Riigikantselei, lk 92
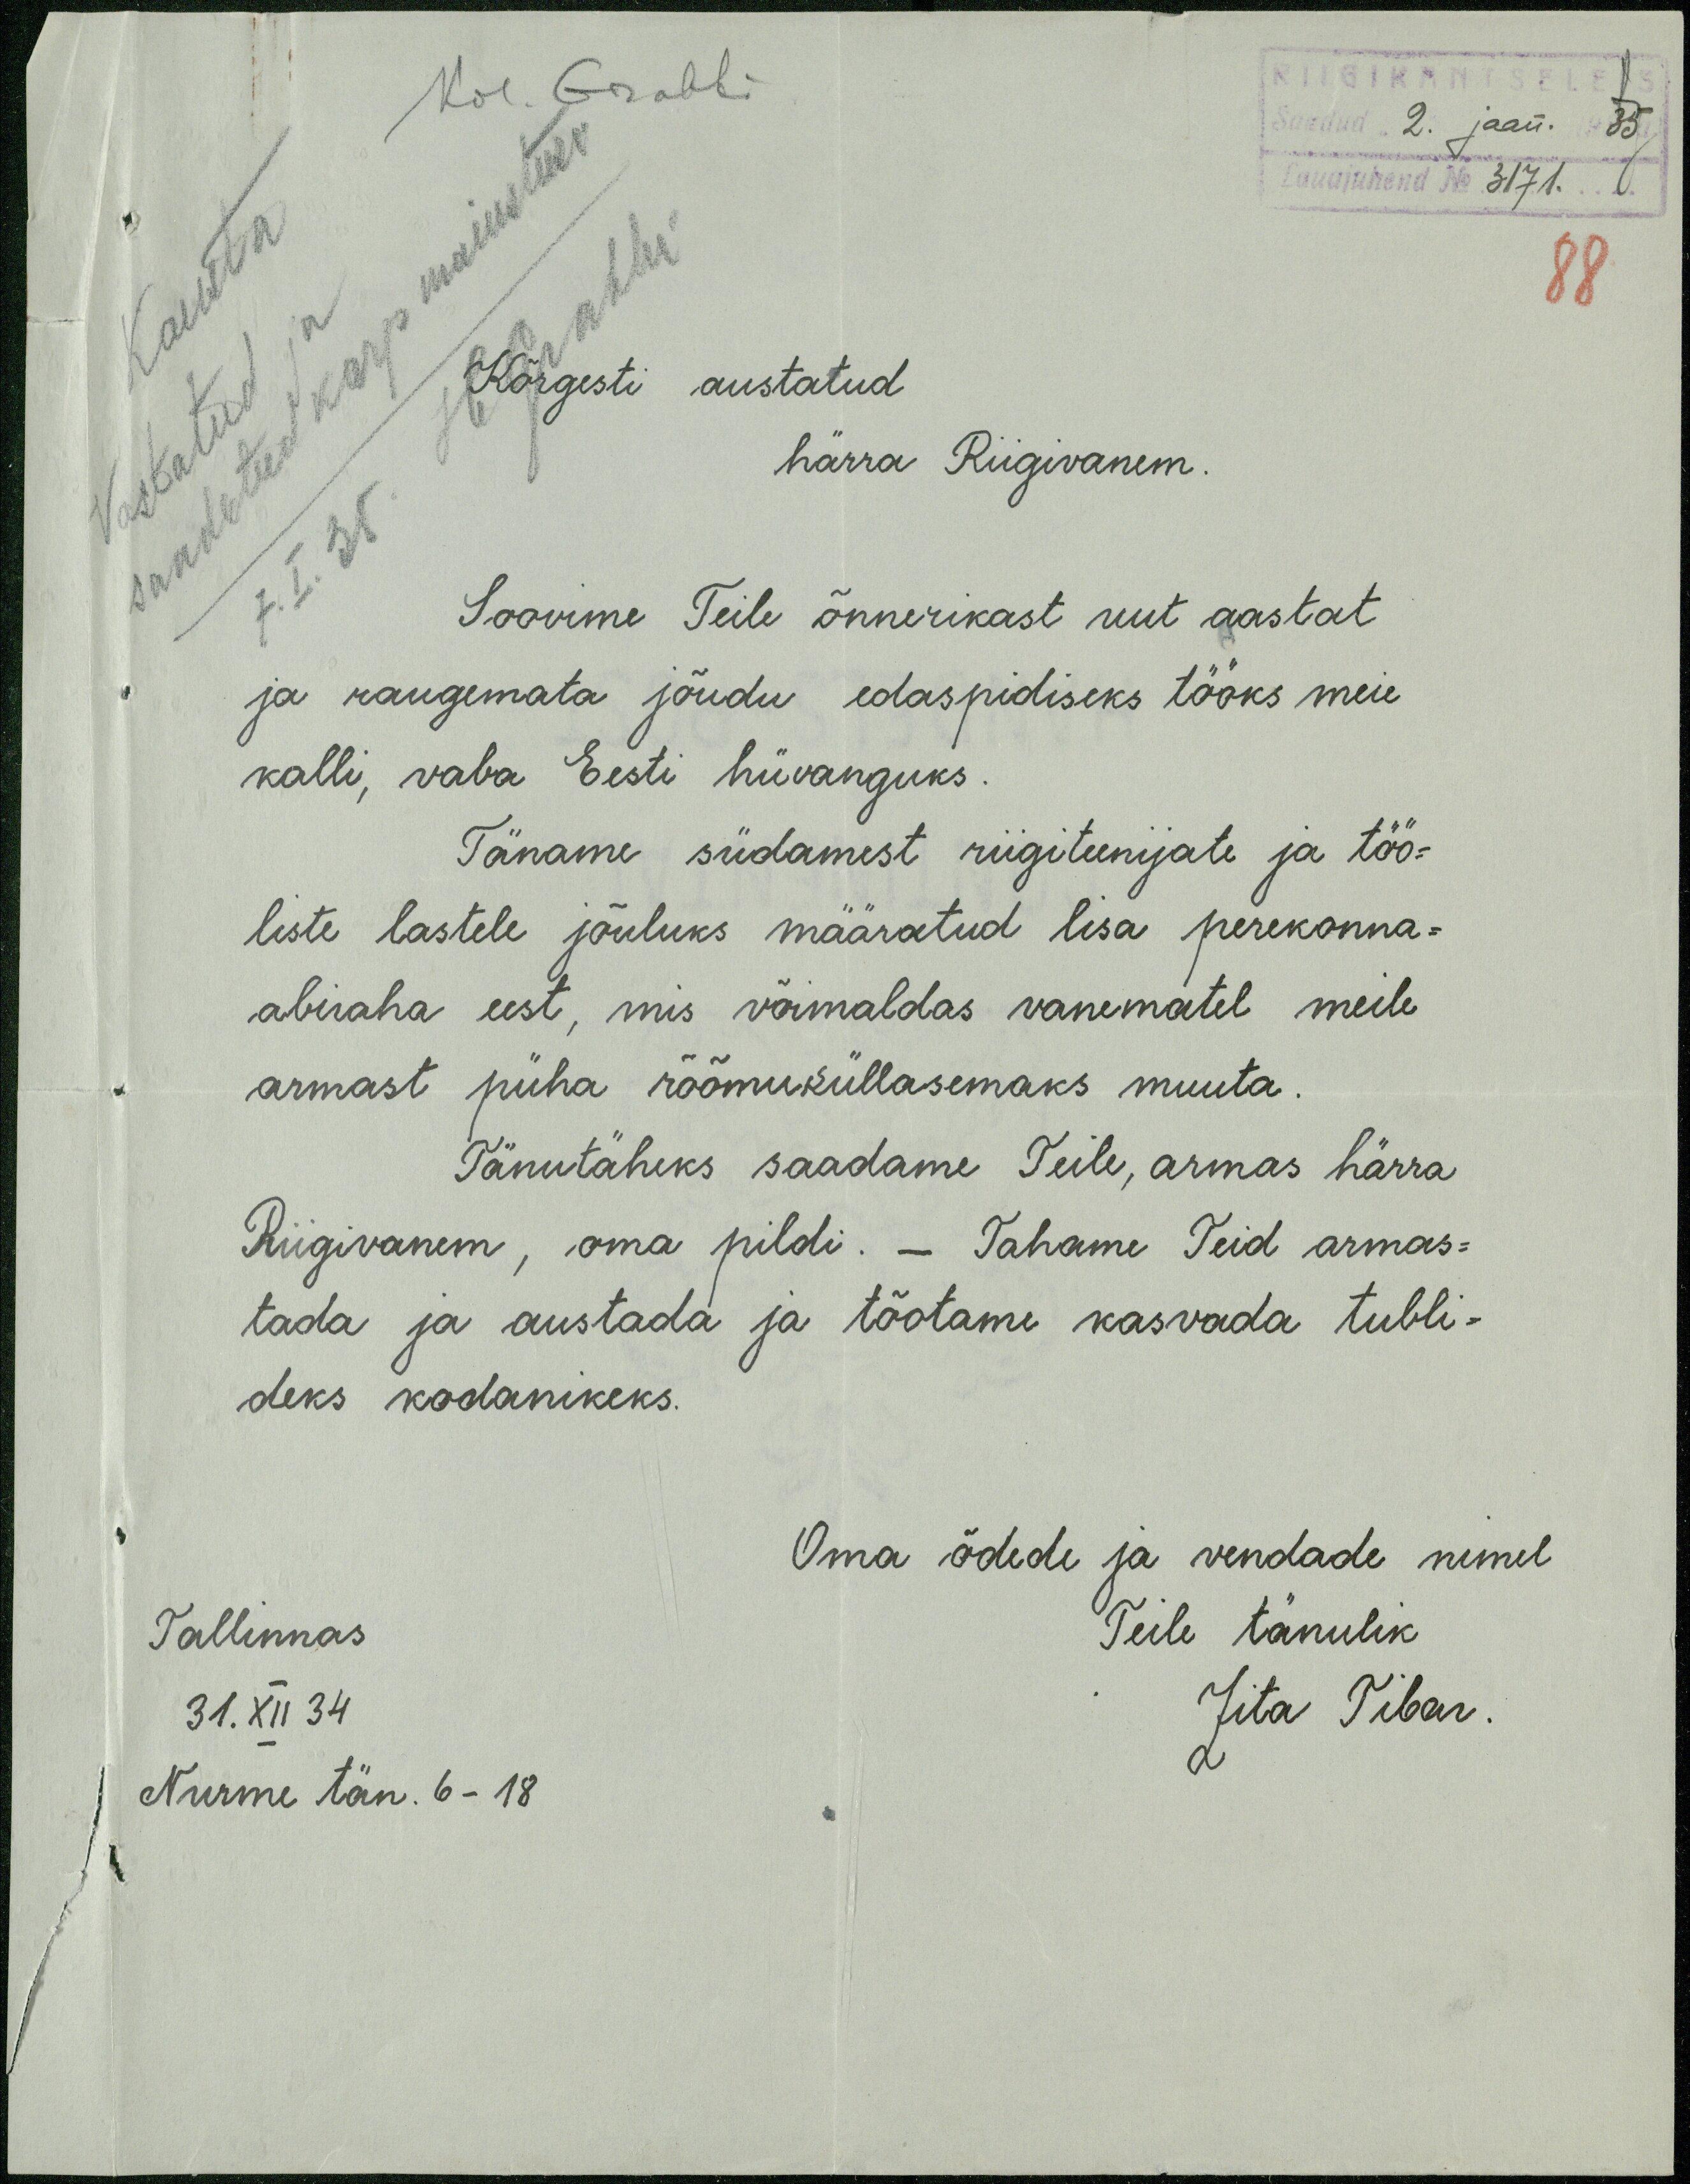
RIIGIKANTSELEI
Saadud "2" jaan. 1935a.
Lauajuhend No 3171.
88
Kol. Grabbe
Kõrgesti austatud 
härra Riigivanem.
Soovime Teile õnnerikast uut aastat
ja raugemata jõudu edaspidiseks tööks meie
kalli, vaba Eesti hüvanguks.
Täname südamest riigiteenijate ja töö -
liste lastele jõuluks määratud lisa perekonna-
abiraha eest, mis võimaldas vanematel meile
armast püha rõõmuküllasemaks muuta.
Tänutäheks saadame Teile, armas härra 
Riigivanem, oma pildi.  - Tahame Teid armas-
tada ja austada ja tõotame kasvada tubli-
deks kodanikeks.
Oma õdede ja vendade nimel
Teile tänukiri
Zita Tibar.
Tallinnas
31. XII 34
Nurme tän. 6 - 18